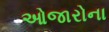
ઓજારોના